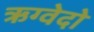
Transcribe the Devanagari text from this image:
ऋग्वेदो